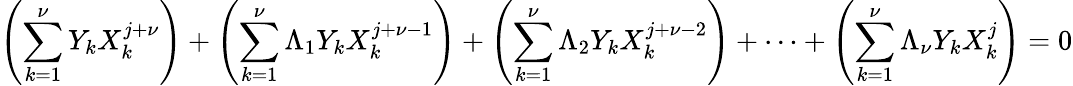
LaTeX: \left(\sum_{k=1}^{\nu}Y_{k}X_{k}^{j+\nu}\right)+\left(\sum_{k=1}^{\nu}\Lambda_{1}Y_{k}X_{k}^{j+\nu-1}\right)+\left(\sum_{k=1}^{\nu}\Lambda_{2}Y_{k}X_{k}^{j+\nu-2}\right)+\cdots+\left(\sum_{k=1}^{\nu}\Lambda_{\nu}Y_{k}X_{k}^{j}\right)=0